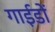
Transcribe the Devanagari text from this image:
गाईडों